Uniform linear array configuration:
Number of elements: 12
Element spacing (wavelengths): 0.5
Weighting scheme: hann
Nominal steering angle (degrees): -45
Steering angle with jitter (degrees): -43.517
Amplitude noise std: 0.05
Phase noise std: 0.05

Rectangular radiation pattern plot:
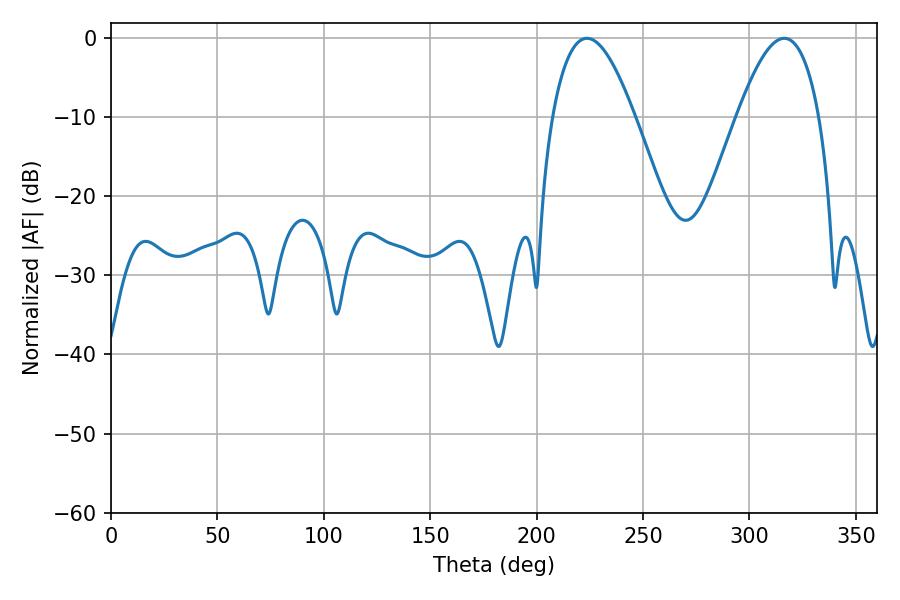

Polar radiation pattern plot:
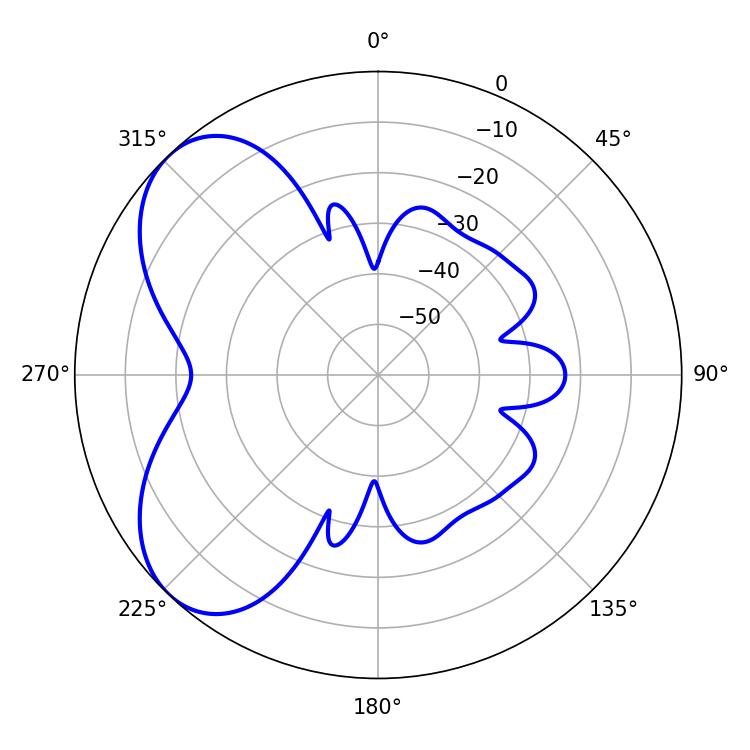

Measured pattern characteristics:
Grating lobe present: FALSE
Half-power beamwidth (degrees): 21.06
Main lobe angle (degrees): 223.56